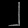
Digit: ၂